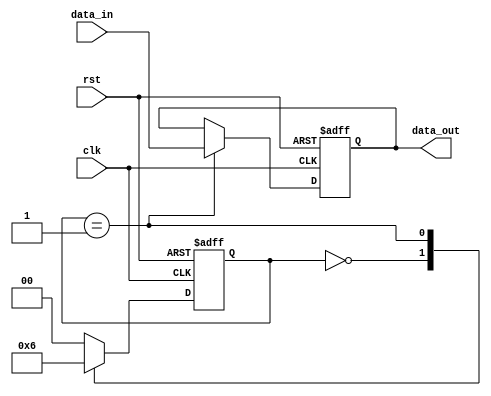
module ClockCycleInitialization (
    input wire clk,          // Clock signal
    input wire rst,          // Reset signal
    input wire [3:0] data_in, // Example input data
    output reg [3:0] data_out // Example output data
);

// Internal registers and state variables
reg [3:0] counter;            // Example counter
reg [1:0] state;              // Example state variable

// Define FSM states (for example)
localparam STATE_IDLE  = 2'b00;
localparam STATE_RUN   = 2'b01;
localparam STATE_DONE  = 2'b10;

// Sequential logic for clock cycle operation
always @(posedge clk or posedge rst) begin
    if (rst) begin
        // Initialization logic
        counter <= 4'b0000;  // Reset counter to 0
        state <= STATE_IDLE;  // Reset state to IDLE
        data_out <= 4'b0000;  // Reset output data
    end else begin
        // Clock cycle operations
        case (state)
            STATE_IDLE: begin
                // Transition to RUN state
                state <= STATE_RUN;
                counter <= counter + 1; // Increment counter
            end
            
            STATE_RUN: begin
                // Example operation: copy input data to output
                data_out <= data_in;
                // Transition to DONE state after operation
                state <= STATE_DONE;
            end
            
            STATE_DONE: begin
                // Return to IDLE state
                state <= STATE_IDLE;
            end
            
            default: begin
                // Ensure state machine stays in a valid state
                state <= STATE_IDLE;
            end
        endcase
    end
end

endmodule